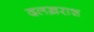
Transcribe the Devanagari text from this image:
दलख़राश